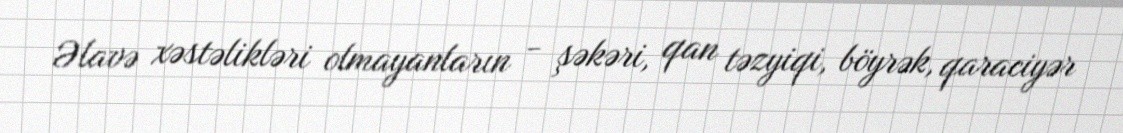
Əlavə xəstəlikləri olmayanların - şəkəri, qan təzyiqi, böyrək, qaraciyər